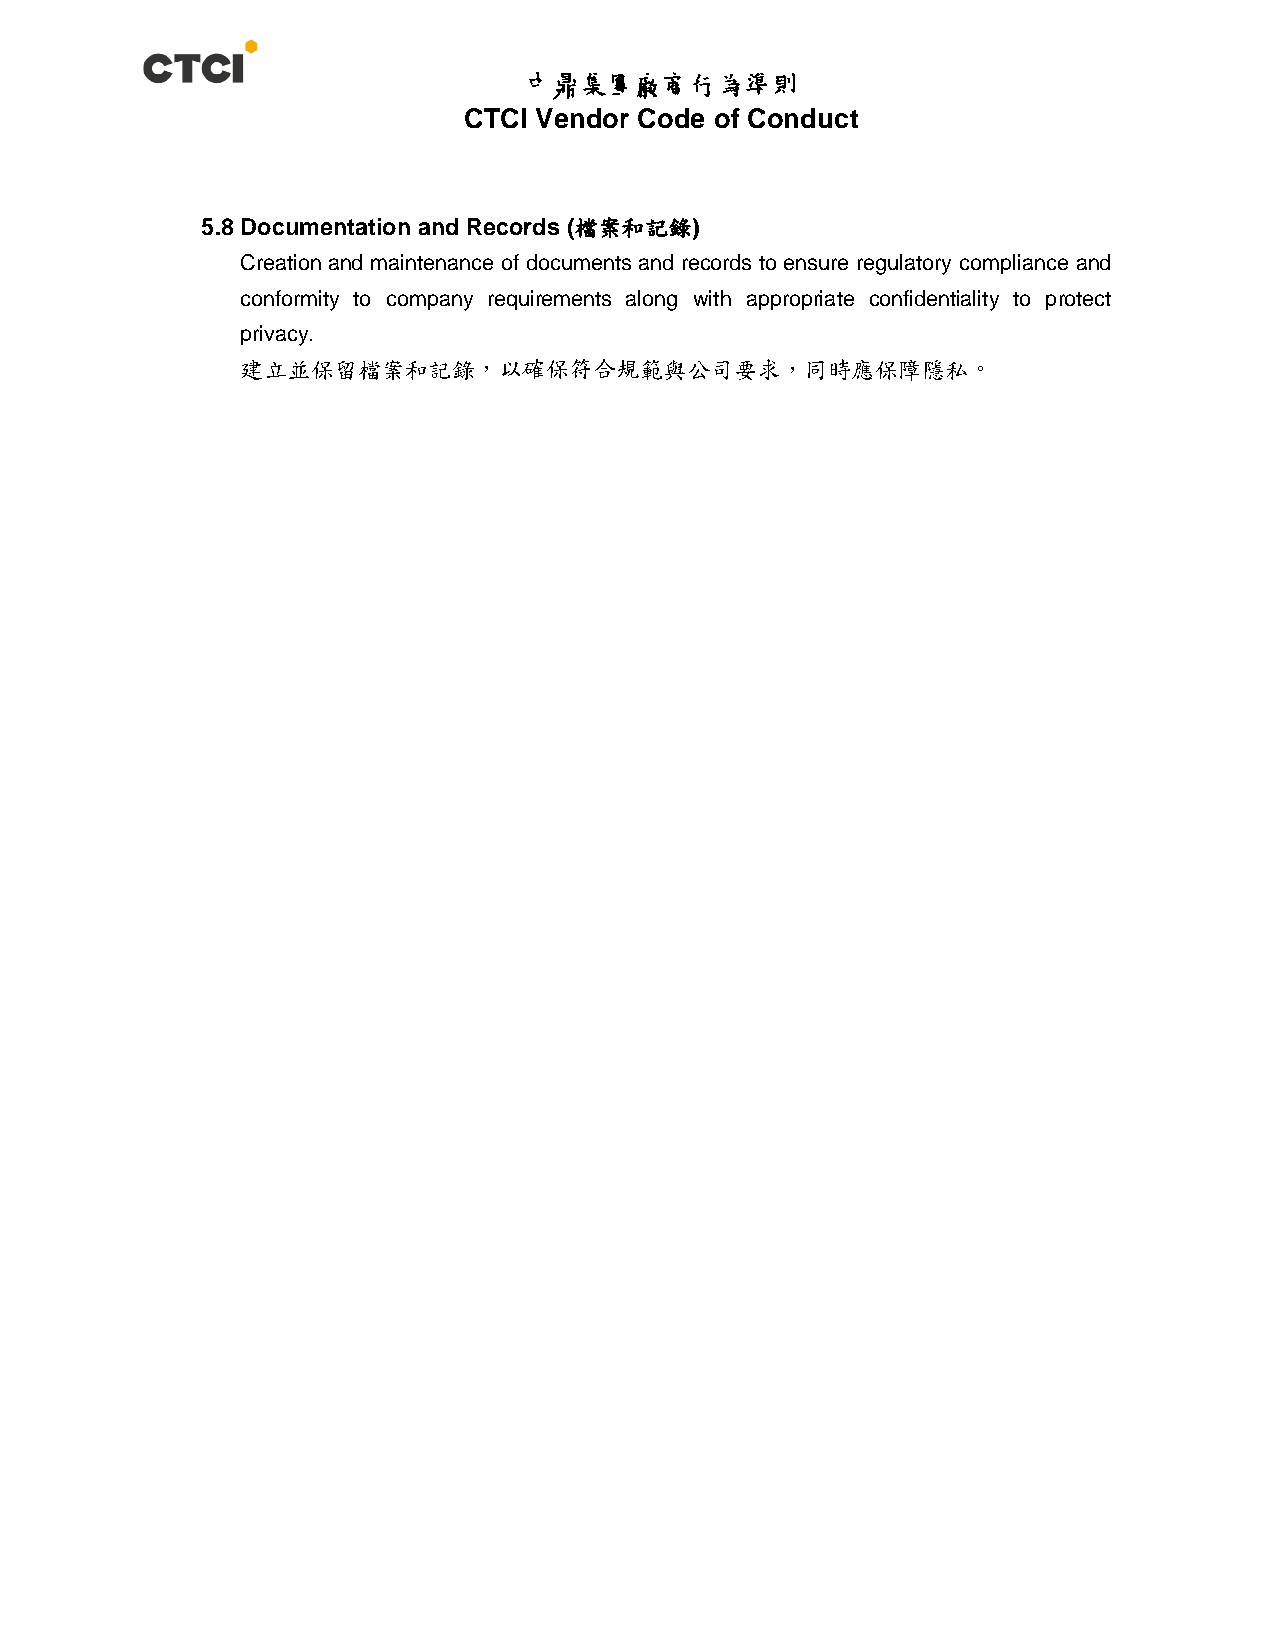
中鼎集團廠商行為準則
 CTCI Vendor Code of Conduct
 5.8 Documentation and Records (檔案和記錄)
 Creation and maintenance of documents and records to ensure regulatory compliance and
 conformity to company requirements along with appropriate confidentiality to protect
 privacy.
 建立並保留檔案和記錄，以確保符合規範與公司要求，同時應保障隱私。